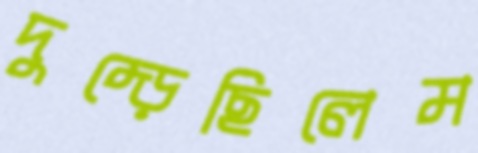
দুম্‌ড়েছিলেম